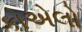
કોએલો